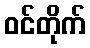
ဝင်တိုက်